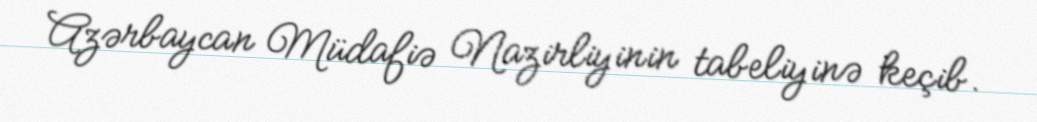
Azərbaycan Müdafiə Nazirliyinin tabeliyinə keçib.